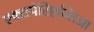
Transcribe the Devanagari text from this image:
एक्सपेरिएन्सिआ